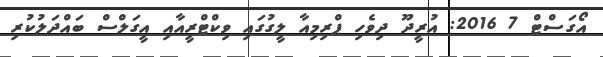
އޯގަސްޓް 7 2016: އުރީދޫ ދިވެހި ޕްރިމިއާ ލީގުގައި ވިކްޓްރީއާއި އީގަލްސް ބައްދަލުކުރި